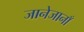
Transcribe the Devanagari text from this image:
जानेजानाँ